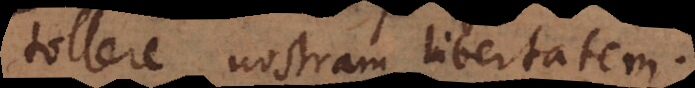
tollere nostram libertatem.